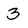
Character: 3